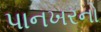
પાનખરનો